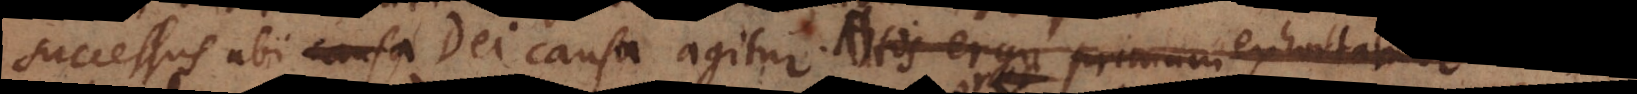
successus ubi causa Dei causa agitur. Et his quidem ista